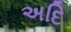
અદિ